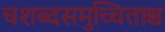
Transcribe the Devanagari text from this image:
चशब्दसमुच्चिताश्च